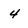
Character: 4